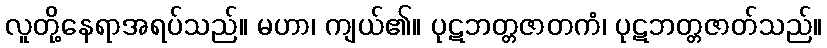
လူတို့နေရာအရပ်သည်။ မဟာ၊ ကျယ်၏။ ပုဋဘတ္တဇာတကံ၊ ပုဋဘတ္တဇာတ်သည်။